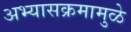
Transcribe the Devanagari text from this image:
अभ्यासक्रमामुळे